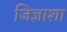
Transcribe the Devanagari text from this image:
जिज्ञाशा